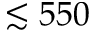
\lesssim 5 5 0